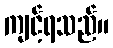
ကျင့်ရသည်။